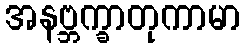
အနဗ္ဘက္ခာတုကာမာ